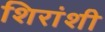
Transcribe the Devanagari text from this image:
शिरांशी